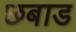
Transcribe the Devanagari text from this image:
छबाड